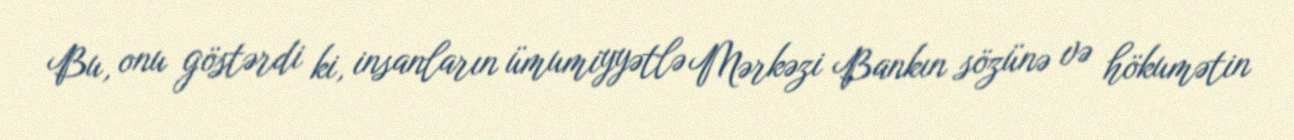
Bu, onu göstərdi ki, insanların ümumiyyətlə Mərkəzi Bankın sözünə və hökumətin